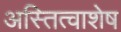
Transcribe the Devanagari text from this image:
अस्तित्वाशेष